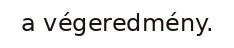
a végeredmény.